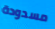
مسدودة